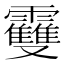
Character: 𩆿